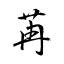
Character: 苒